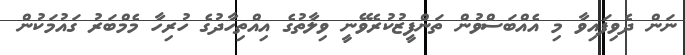
ނަން ދެވިފައިވާ މި އެއްބަސްވުން ތަންފީޒުކުރެވޭނީ ވިލާތުގެ އިއްތިހާދުގެ ހުރިހާ މެމްބަރު ގައުމަކުން